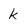
Character: k